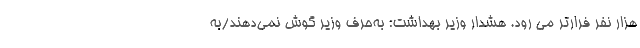
هزار نفر فرارتر می رود. هشدار وزیر بهداشت: به‌حرف وزیر گوش نمی‌دهند/به